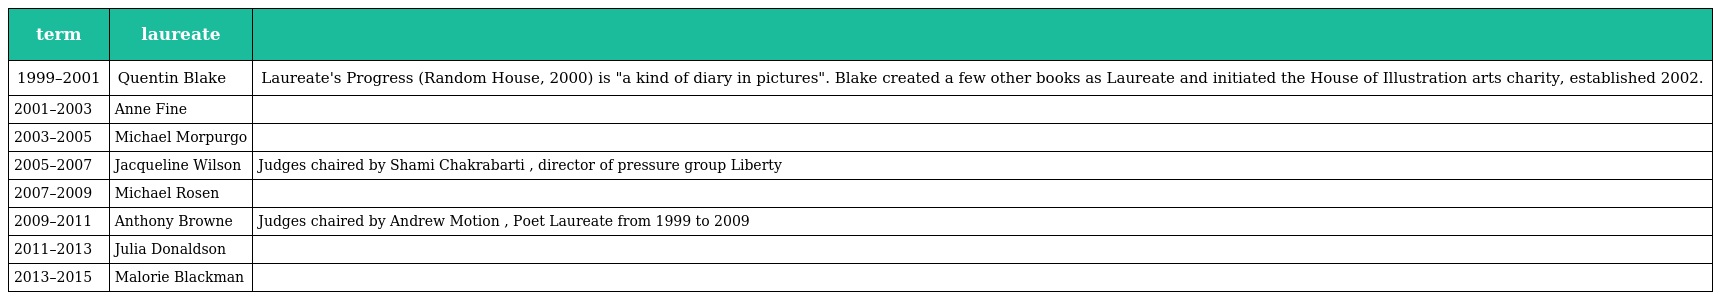
| term | laureate |  |
 | --- | --- | --- |
 | 1999–2001 | Quentin Blake | Laureate's Progress (Random House, 2000) is "a kind of diary in pictures". Blake created a few other books as Laureate and initiated the House of Illustration arts charity, established 2002. |
 | 2001–2003 | Anne Fine |  |
 | 2003–2005 | Michael Morpurgo |  |
 | 2005–2007 | Jacqueline Wilson | Judges chaired by Shami Chakrabarti , director of pressure group Liberty |
 | 2007–2009 | Michael Rosen |  |
 | 2009–2011 | Anthony Browne | Judges chaired by Andrew Motion , Poet Laureate from 1999 to 2009 |
 | 2011–2013 | Julia Donaldson |  |
 | 2013–2015 | Malorie Blackman |  |